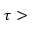
\tau >